Annual report on the Civil Veterinary Department, Burma (including the Insein Veterinary School) - 1923-1931
Year: 1923
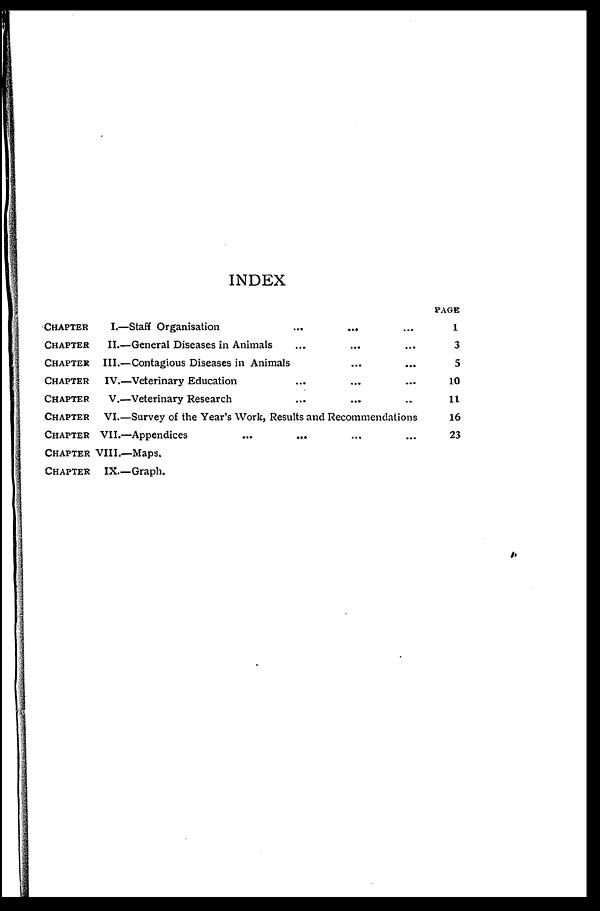
INDEX
CHAPTER
CHAPTER
CHAPTER
CHAPTER
CHAPTER
CHAPTER
CHAPTER
CHAPTER
CHAPTER
I.—Staff Organisation ... ... ...
II.—General Diseases in Animals ... ... ...
III.—Contagious Diseases in Animals ... ...
IV.—Veterinary Education ... ... ...
V.—Veterinary Research ... ... ...
VI.—Survey of the Year's Work, Results and Recommendations
VII.—Appendices ... ... ... ...
VIII.—Maps.
IX.-Graph.
PAGE
1
3
5
10
11
16
23